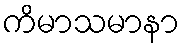
ကိမာသမာနာ